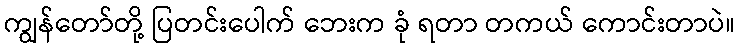
ကျွန်တော်တို့ ပြတင်းပေါက် ဘေးက ခုံ ရတာ တကယ် ကောင်းတာပဲ။